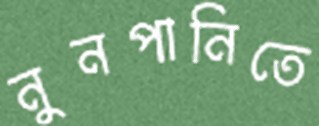
নুনপানিতে